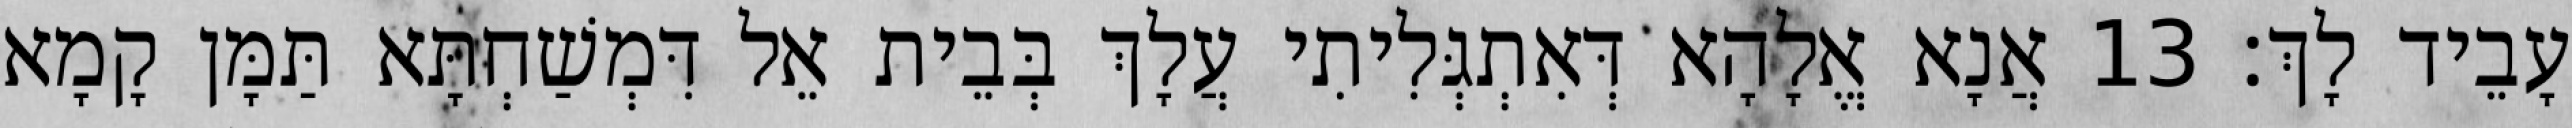
עָבֵיד לָךְ׃ 13 אֲנָא אֱלָהָא דְּאִתְגְּלִיתִי עֲלָךְ בְּבֵית אֵל דִּמְשַׁחְתָּא תַּמָּן קָמָא